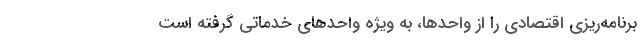
برنامه‌ریزی اقتصادی را از واحدها، به ویژه واحدهای خدماتی گرفته است